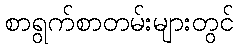
စာရွက်စာတမ်းများတွင်